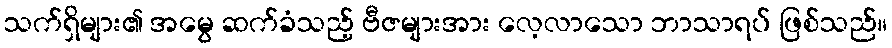
သက်ရှိများ၏ အမွေ ဆက်ခံသည့် ဗီဇများအား လေ့လာသော ဘာသာရပ် ဖြစ်သည်။